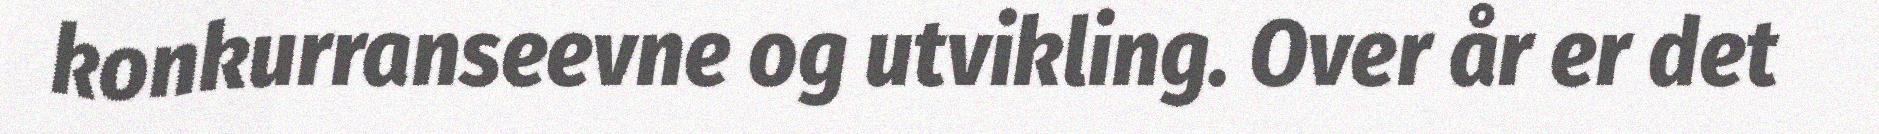
konkurranseevne og utvikling. Over år er det